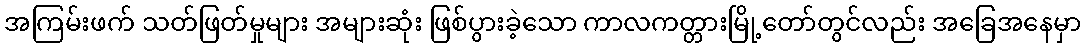
အကြမ်းဖက် သတ်ဖြတ်မှုများ အများဆုံး ဖြစ်ပွားခဲ့သော ကာလကတ္တားမြို့တော်တွင်လည်း အခြေအနေမှာ